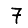
Digit: 7